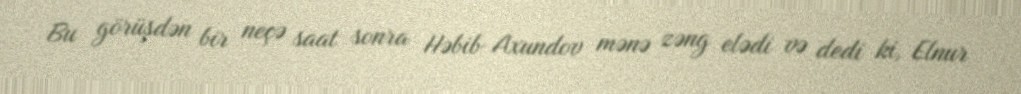
Bu görüşdən bir neçə saat sonra Həbib Axundov mənə zəng elədi və dedi ki, Elnur